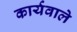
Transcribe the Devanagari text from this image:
कार्यवाले